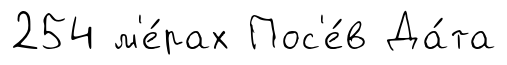
254 м'е́рах Пос'е́в Да́та